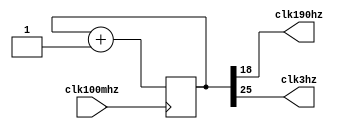
//
module clkDiv(
    input clk100mhz,//100MhzFPGA
    output clk190hz,//90hz
    output clk3hz//3hz
);

    reg[25:0] count=0;//
    assign clk190hz = count[18];//19
    assign clk3hz = count[25];//26

    always@(posedge clk100mhz) begin
        count<=count+1;
    end
endmodule